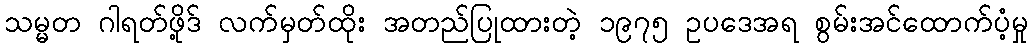
သမ္မတ ဂါရတ်ဖို့ဒ် လက်မှတ်ထိုး အတည်ပြုထားတဲ့ ၁၉၇၅ ဥပဒေအရ စွမ်းအင်ထောက်ပံ့မှု